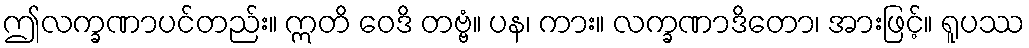
ဤလက္ခဏာပင်တည်း။ ဣတိ ဝေဒိ တဗ္ဗံ။ ပန၊ ကား။ လက္ခဏာဒိတော၊ အားဖြင့်။ ရူပဿ